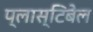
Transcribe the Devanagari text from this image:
प्लास्टिबेल